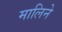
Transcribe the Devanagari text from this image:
मालिने